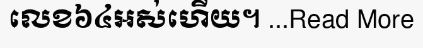
លេខ៦៤អស់ហើយ។ ...Read More